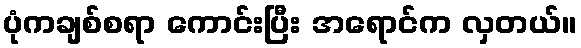
ပုံကချစ်စရာ ကောင်းပြီး အရောင်က လှတယ်။